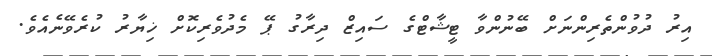
އިރު ދުވުންތެރިންނަށް ބޭނުންވާ ޓީޝާޓްގެ ސައިޒް ދިރާގު ޕޭ މެދުވެރިކޮށް ޚިޔާރު ކުރެވޭނެއެވެ.